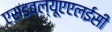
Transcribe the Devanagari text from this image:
एसडब्ल्यूएएलईसी